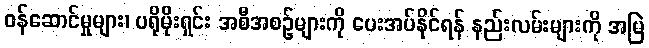
ဝန်ဆောင်မှုများ၊ ပရိုမိုးရှင်း အစီအစဉ်များကို ပေးအပ်နိုင်ရန် နည်းလမ်းများကို အမြဲ